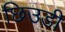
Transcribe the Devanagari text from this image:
छिउडी